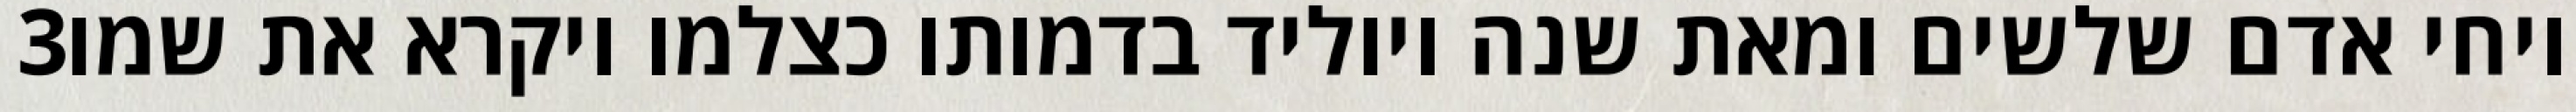
‎3‏ ויחי אדם שלשים ומאת שנה ויוליד בדמותו כצלמו ויקרא את שמו